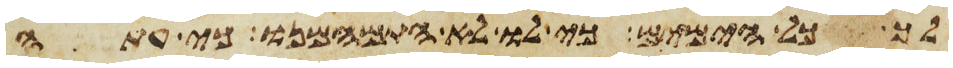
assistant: לך כל הימים כי לו לא התמהמנו כי עתה